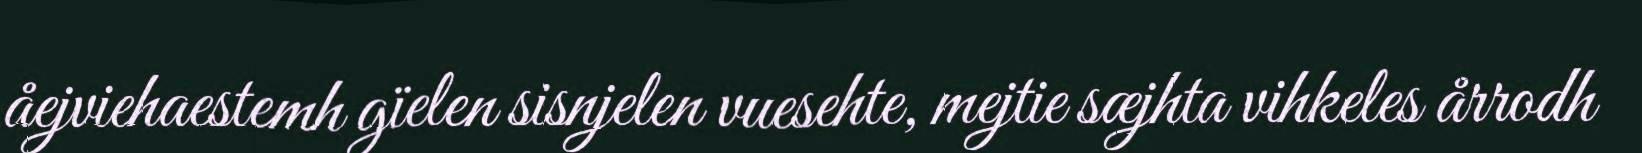
åejviehaestemh gïelen sisnjelen vuesehte, mejtie sæjhta vihkeles årrodh